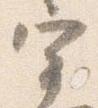
宰